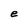
Character: e